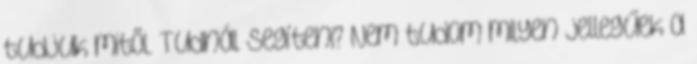
tudjuk mitől. Tudnál segíteni? Nem tudom milyen jellegűek a